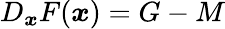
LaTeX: \begin{array}{r}{D_{{\boldsymbol x}}F({\boldsymbol x})=G-M}\end{array}